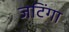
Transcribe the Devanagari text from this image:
जटिंगा